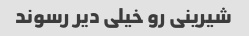
شیرینی رو خیلی دیر رسوند